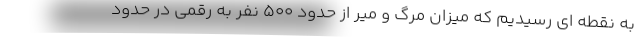
به نقطه ای رسیدیم که میزان مرگ و میر از حدود ۵۰۰ نفر به رقمی در حدود